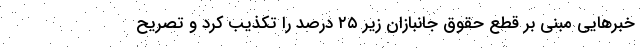
خبرهایی مبنی بر قطع حقوق جانبازان زیر ۲۵ درصد را تکذیب کرد و تصریح